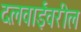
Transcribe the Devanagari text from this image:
दलवाईंवरील